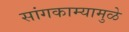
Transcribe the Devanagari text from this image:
सांगकाम्यामुळे